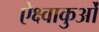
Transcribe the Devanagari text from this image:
ऐक्ष्वाकुओं